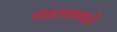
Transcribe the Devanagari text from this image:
साहसासाठी